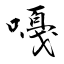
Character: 嘠